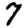
Digit: 7